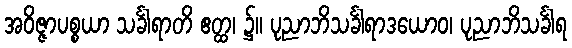
အဝိဇ္ဇာပစ္စယာ သင်္ခါရာတိ ဧတ္ထ၊ ၌။ ပုညာဘိသင်္ခါရာဒယောဝ၊ ပုညာဘိသင်္ခါရ